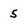
Character: 5